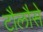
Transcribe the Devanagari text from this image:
टौलौसे